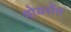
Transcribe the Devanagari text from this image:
पोयरोंत